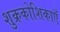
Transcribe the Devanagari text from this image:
शुक्रकोशिकाएँ